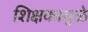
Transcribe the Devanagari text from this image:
शिक्षकामुळे